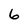
Character: 6